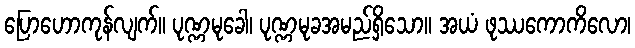
ပြောဟောကုန်လျက်။ ပုဏ္ဏမုခေါ၊ ပုဏ္ဏမုခအမည်ရှိသော။ အယံ ဖုဿကောကိလော၊